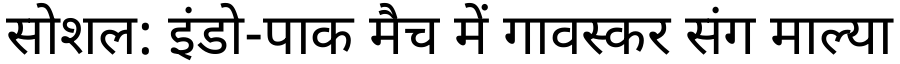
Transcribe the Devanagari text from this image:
सोशल: इंडो-पाक मैच में गावस्कर संग माल्या